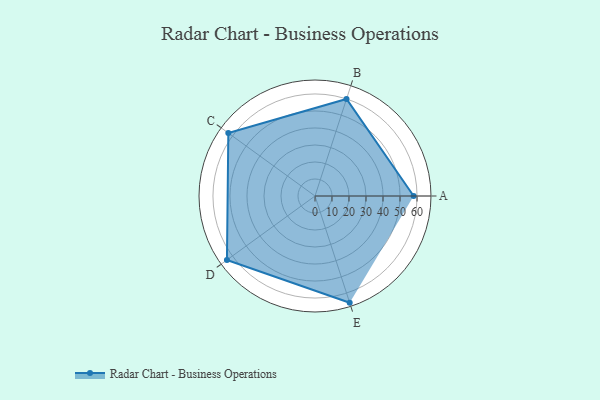
{"axis": {"x": "Skill", "y": "Score"}, "legend": ["Profile"], "data": [{"x": "A", "y": 58.0, "type": "Profile"}, {"x": "B", "y": 60.0, "type": "Profile"}, {"x": "C", "y": 63.0, "type": "Profile"}, {"x": "D", "y": 64.0, "type": "Profile"}, {"x": "E", "y": 66.0, "type": "Profile"}]}